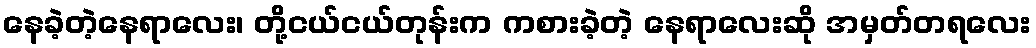
နေခဲ့တဲ့နေရာလေး၊ တို့ငယ်ငယ်တုန်းက ကစားခဲ့တဲ့ နေရာလေးဆို အမှတ်တရလေး